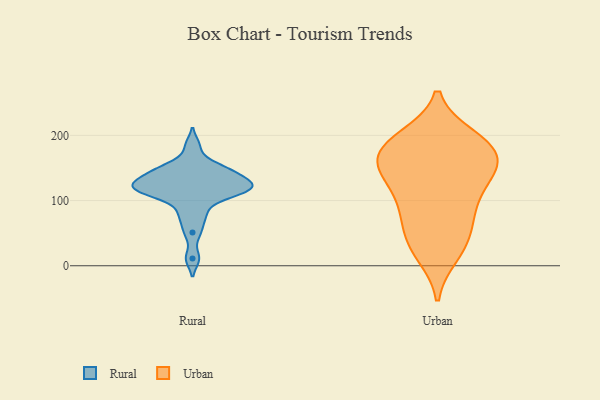
{"axis": {"x": "Active Users", "y": "Value"}, "legend": ["Rural", "Urban"], "data": [{"x": "", "y": 141, "type": "Rural"}, {"x": "", "y": 151, "type": "Rural"}, {"x": "", "y": 114, "type": "Rural"}, {"x": "", "y": 73, "type": "Rural"}, {"x": "", "y": 126, "type": "Rural"}, {"x": "", "y": 11, "type": "Rural"}, {"x": "", "y": 110, "type": "Rural"}, {"x": "", "y": 51, "type": "Rural"}, {"x": "", "y": 184, "type": "Rural"}, {"x": "", "y": 131, "type": "Rural"}, {"x": "", "y": 107, "type": "Rural"}, {"x": "", "y": 151, "type": "Rural"}, {"x": "", "y": 119, "type": "Rural"}, {"x": "", "y": 124, "type": "Rural"}, {"x": "", "y": 86, "type": "Rural"}, {"x": "", "y": 114, "type": "Rural"}, {"x": "", "y": 133, "type": "Rural"}, {"x": "", "y": 150, "type": "Rural"}, {"x": "", "y": 123, "type": "Rural"}, {"x": "", "y": 36, "type": "Urban"}, {"x": "", "y": 111, "type": "Urban"}, {"x": "", "y": 102, "type": "Urban"}, {"x": "", "y": 142, "type": "Urban"}, {"x": "", "y": 135, "type": "Urban"}, {"x": "", "y": 159, "type": "Urban"}, {"x": "", "y": 179, "type": "Urban"}, {"x": "", "y": 197, "type": "Urban"}, {"x": "", "y": 84, "type": "Urban"}, {"x": "", "y": 145, "type": "Urban"}, {"x": "", "y": 25, "type": "Urban"}, {"x": "", "y": 184, "type": "Urban"}, {"x": "", "y": 195, "type": "Urban"}, {"x": "", "y": 163, "type": "Urban"}, {"x": "", "y": 188, "type": "Urban"}, {"x": "", "y": 60, "type": "Urban"}, {"x": "", "y": 70, "type": "Urban"}, {"x": "", "y": 157, "type": "Urban"}, {"x": "", "y": 17, "type": "Urban"}]}